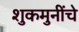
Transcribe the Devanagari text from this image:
शुकमुनींचे